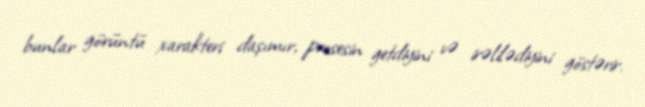
bunlar görüntü xarakteri daşımır, prosesin getdiyini və irəlilədiyini göstərir.